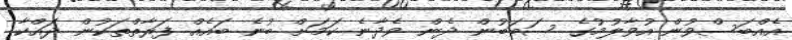
އެއްބަސްވުން އުވާލުމުގެ ސަބަބުން ދެން ވެދާނެ ކަމަށް ބުނެ ބައެއް ފަރާތްތަކުން ދައްކާ